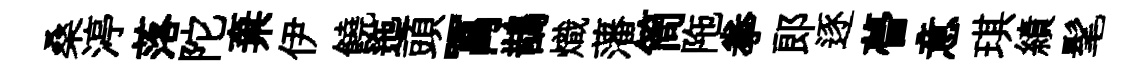
桑渟落陀棄伊饒迤頭罥鵲熾藩筒陁拳郎逐瞢意琪績髦